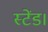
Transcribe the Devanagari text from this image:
स्टेंड।